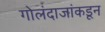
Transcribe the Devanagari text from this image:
गोलंदाजांकडून